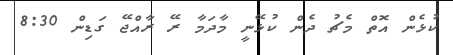
ކުޅެން އޮތް މެޗު ދެން ކުޅޭނީ މާދަމާ ރޭ ރާއްޖޭ ގަޑިން 8:30